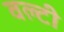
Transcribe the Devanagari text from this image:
वल्टी